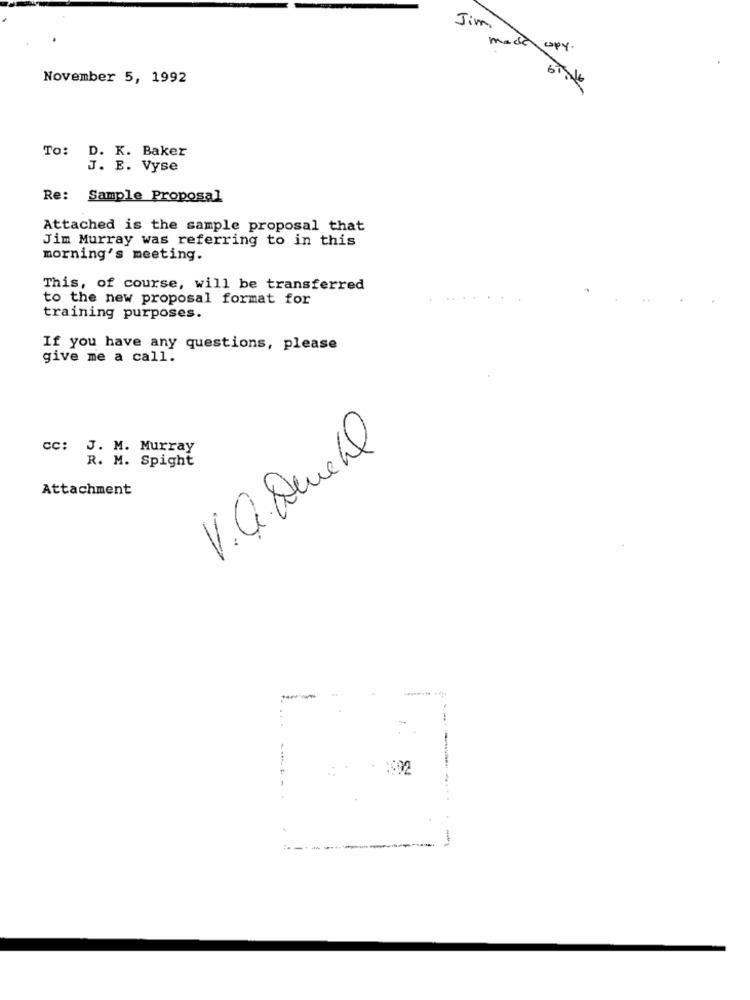
Jim
meda copy.
November 5, 1992
To: D. K. Baker
J. E. Vyse
Re: Sample Proposal
Attached is the sample proposal that
Jim Murray was referring to in this
morning's meeting.
This, of course, will be transferred
to the new proposal format for
training purposes.
If you have any questions, please
give me a call.
cc: J. M. Murray
V.Q. Demehl
R. M. Spight
Attachment
-